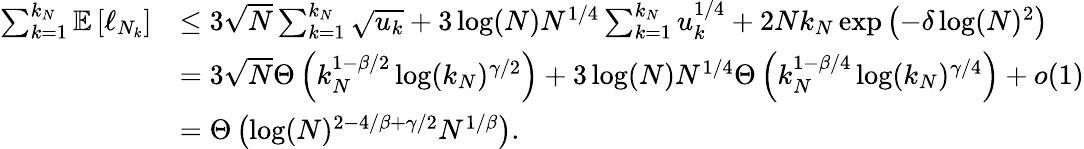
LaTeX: \begin{array}{rl}{\sum_{k=1}^{k_{N}}\mathbb{E}\left[\ell_{N_{k}}\right]}&{\leq 3\sqrt{N}\sum_{k=1}^{k_{N}}\sqrt{u_{k}}+3\log(N)N^{1/4}\sum_{k=1}^{k_{N}}u_{k}^{1/4}+2Nk_{N}\exp\left(-\delta\log(N)^{2}\right)}\\ &{=3\sqrt{N}\Theta\left(k_{N}^{1-\beta/2}\log(k_{N})^{\gamma/2}\right)+3\log(N)N^{1/4}\Theta\left(k_{N}^{1-\beta/4}\log(k_{N})^{\gamma/4}\right)+o(1)}\\ &{=\Theta\left(\log(N)^{2-4/\beta+\gamma/2}N^{1/\beta}\right).}\end{array}